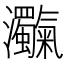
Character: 𤅴